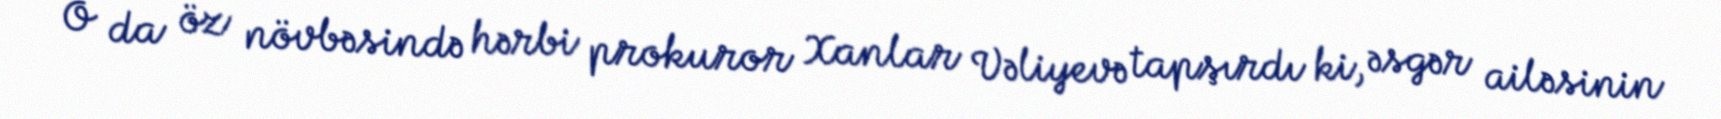
O da öz növbəsində hərbi prokuror Xanlar Vəliyevə tapşırdı ki, əsgər ailəsinin